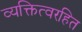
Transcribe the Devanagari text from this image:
व्यक्तित्वरहित